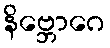
နိဗ္ဘောဂေ